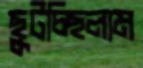
ছুটচ্ছিলাম